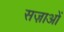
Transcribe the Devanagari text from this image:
सज़ाओं